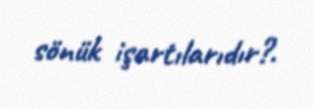
sönük işartılarıdır?.